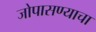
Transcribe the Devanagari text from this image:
जोपासण्याचा